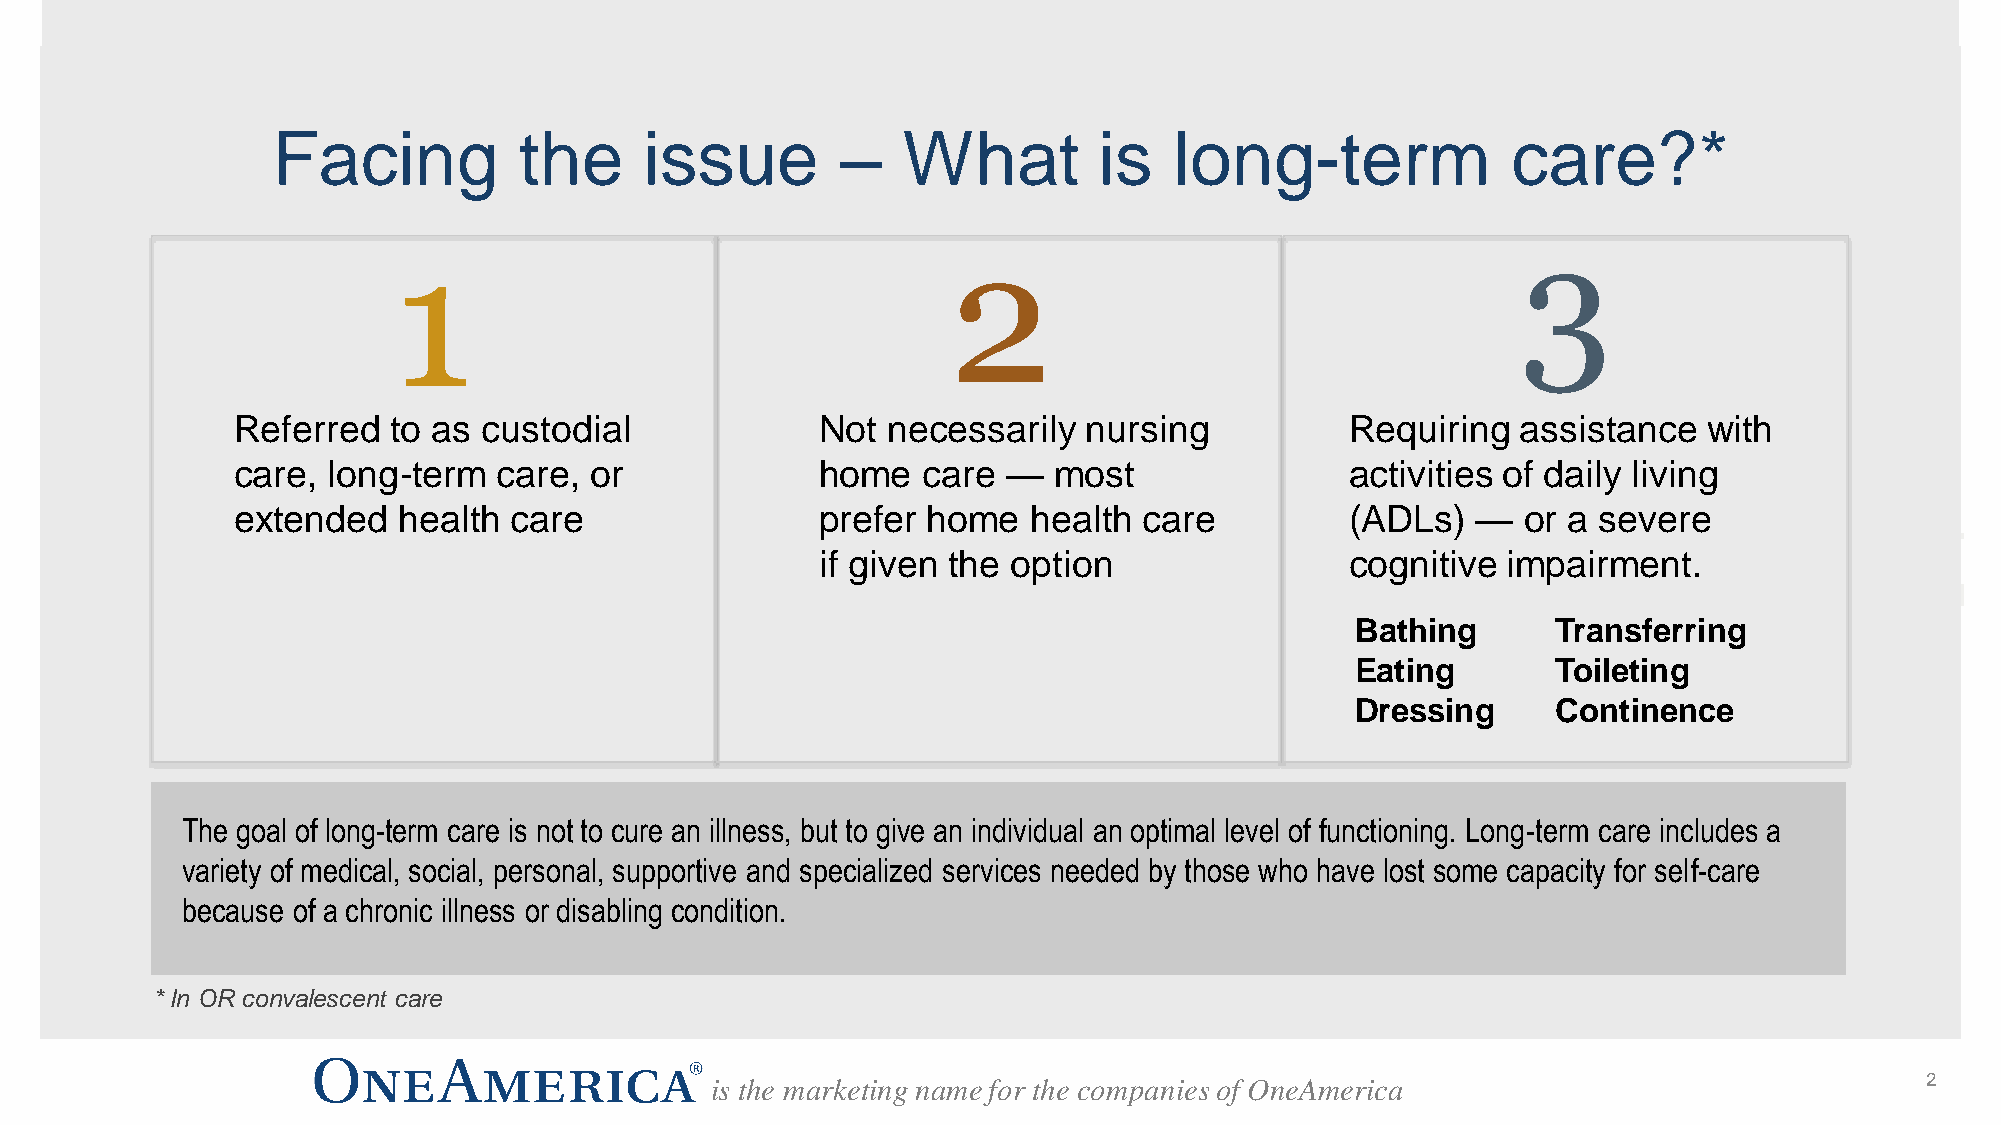
Facing          the      issue        –   What         is   long-term             care?*
 1                                    2                                     3
 Referred   to as custodial             Not  necessarily  nursing          Requiring   assistance  with
 care,  long-term  care, or             home   care  —  most               activities of daily living
 extended   health  care                prefer home   health  care         (ADLs)   —  or a severe
 if given the option                cognitive  impairment.
 Bathing      Transferring
 Eating       Toileting
 Dressing     Continence
 The goal of long-term care is not to cure an illness, but to give an individual an optimal level of functioning. Long-term care includes a
 variety of medical, social, personal, supportive and specialized services needed by those who have lost some capacity for self-care
 because of a chronic illness or disabling condition.
 * In OR convalescent care
 is the marketing name for the companies of OneAmerica                           2